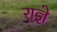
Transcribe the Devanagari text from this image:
राज्ञे